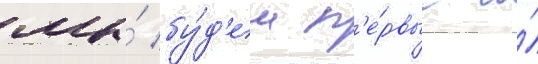
мы́ бу́д'ем п'е́рвые и́